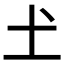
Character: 𡈽